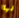
لها